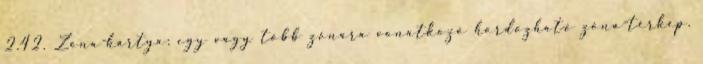
2.42. Zóna-kártya: egy vagy több zónára vonatkozó hordozható zóna-térkép.